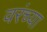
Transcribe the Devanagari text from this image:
वरंच्या